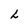
Character: L